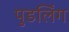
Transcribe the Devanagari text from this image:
पुडलिंग